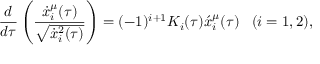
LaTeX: \frac { d } { d \tau } \left( \frac { \dot { x } _ { i } ^ { \mu } ( \tau ) } { \sqrt { \dot { x } _ { i } ^ { 2 } ( \tau ) } } \right) = ( - 1 ) ^ { i + 1 } K _ { i } ( \tau ) \acute { x } _ { i } ^ { \mu } ( \tau ) \, \, \, \, \, ( i = 1 , 2 ) ,